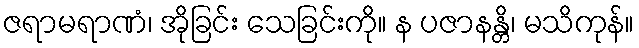
ဇရာမရာဏံ၊ အိုခြင်း သေခြင်းကို။ န ပဇာနန္တိ၊ မသိကုန်။